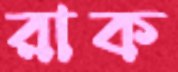
রাক